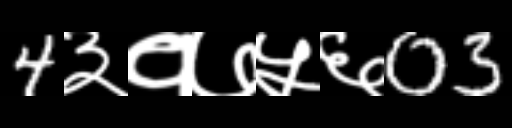
Text: 4३१७५६03